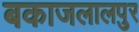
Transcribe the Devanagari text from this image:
बकाजलालपुर